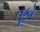
તૂકો